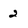
Character: 2